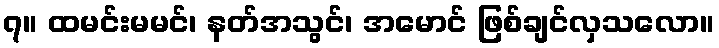
၇။ ထမင်းမမင်၊ နတ်အသွင်၊ အမောင် ဖြစ်ချင်လှသလော။